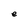
Character: e